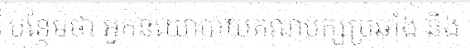
បន្ថែមថា អ្នកនយោបាយគណបក្សប្រឆាំង និង